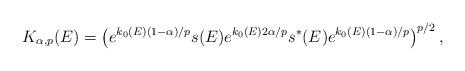
LaTeX: \begin{align*}K_{\alpha, p} (E) = \left( e^{ k_0 (E) (1 - \alpha ) /p } s(E) e^{ k_0 (E) 2 \alpha / p } s^* (E) e^{ k_0 (E) (1 - \alpha ) /p } \right) ^{p/2} , \end{align*}